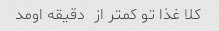
کلا غذا تو کمتر از  دقیقه اومد